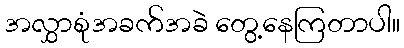
အလွှာစုံအခက်အခဲ တွေ့နေကြတာပါ။